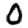
Digit: 0